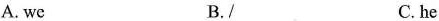
A. we B./ C.he